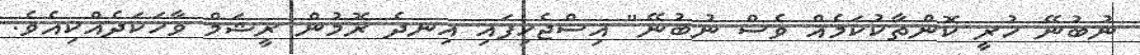
ނުބުނޭ ހުރީ ކޮންތާކުކަމެއް ވެސް ނުބުނޭ" އިސްޖެހިފައި އިނދެ ރޮމުން ރީޝަމް ވާހަކަދެއްކިއެވެ.